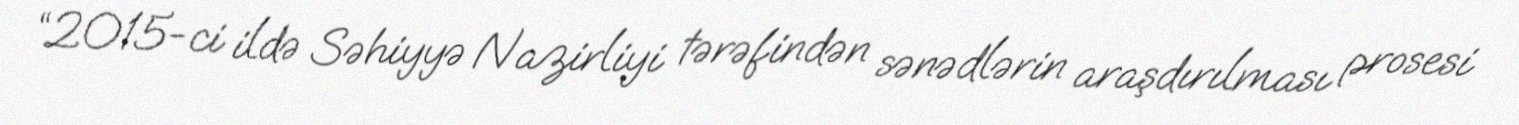
“2015-ci ildə Səhiyyə Nazirliyi tərəfindən sənədlərin araşdırılması prosesi